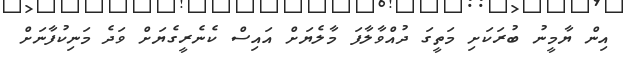
އިން ޔާމީނު ބުރަކަށި މަތީގަ ދުއްވާލާފަ މާލެޔަށް އައިސް ކެނެރީގެޔަށް ވަދެ މަނިކުފާނަށް